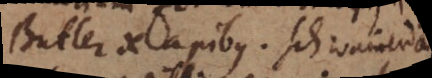
Butler de apibus. Schwammerdam